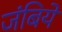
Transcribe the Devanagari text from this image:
जंबिये